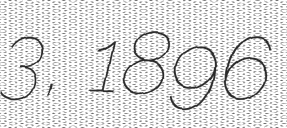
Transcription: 3, 1896